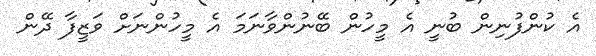
އެ ކުންފުނިން ބުނީ އެ މީހުން ބޭނުންވާނަމަ އެ މީހުންނަށް ވަޒީފާ ދޭން